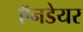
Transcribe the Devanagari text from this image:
ऍनडेयर